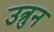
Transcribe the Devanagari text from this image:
उत्रुन